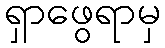
ရှာဖွေရာမှ